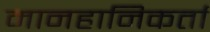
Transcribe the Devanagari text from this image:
मानहानिकर्ता